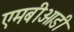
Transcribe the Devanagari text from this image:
एमबीओडी